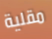
مقلية